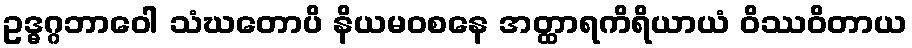
ဥဒ္ဓဂ္ဂဘာဝေါ သံဃတောပိ နိယမဝစနေ အတ္ထာရကိရိယာယံ ဝိဿဝိတာယ